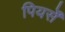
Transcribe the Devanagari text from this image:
पियर्सें